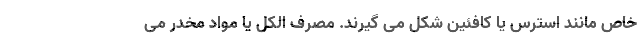
خاص مانند استرس یا کافئین شکل می گیرند. مصرف الکل یا مواد مخدر می